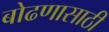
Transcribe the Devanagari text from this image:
बोढणासाठी